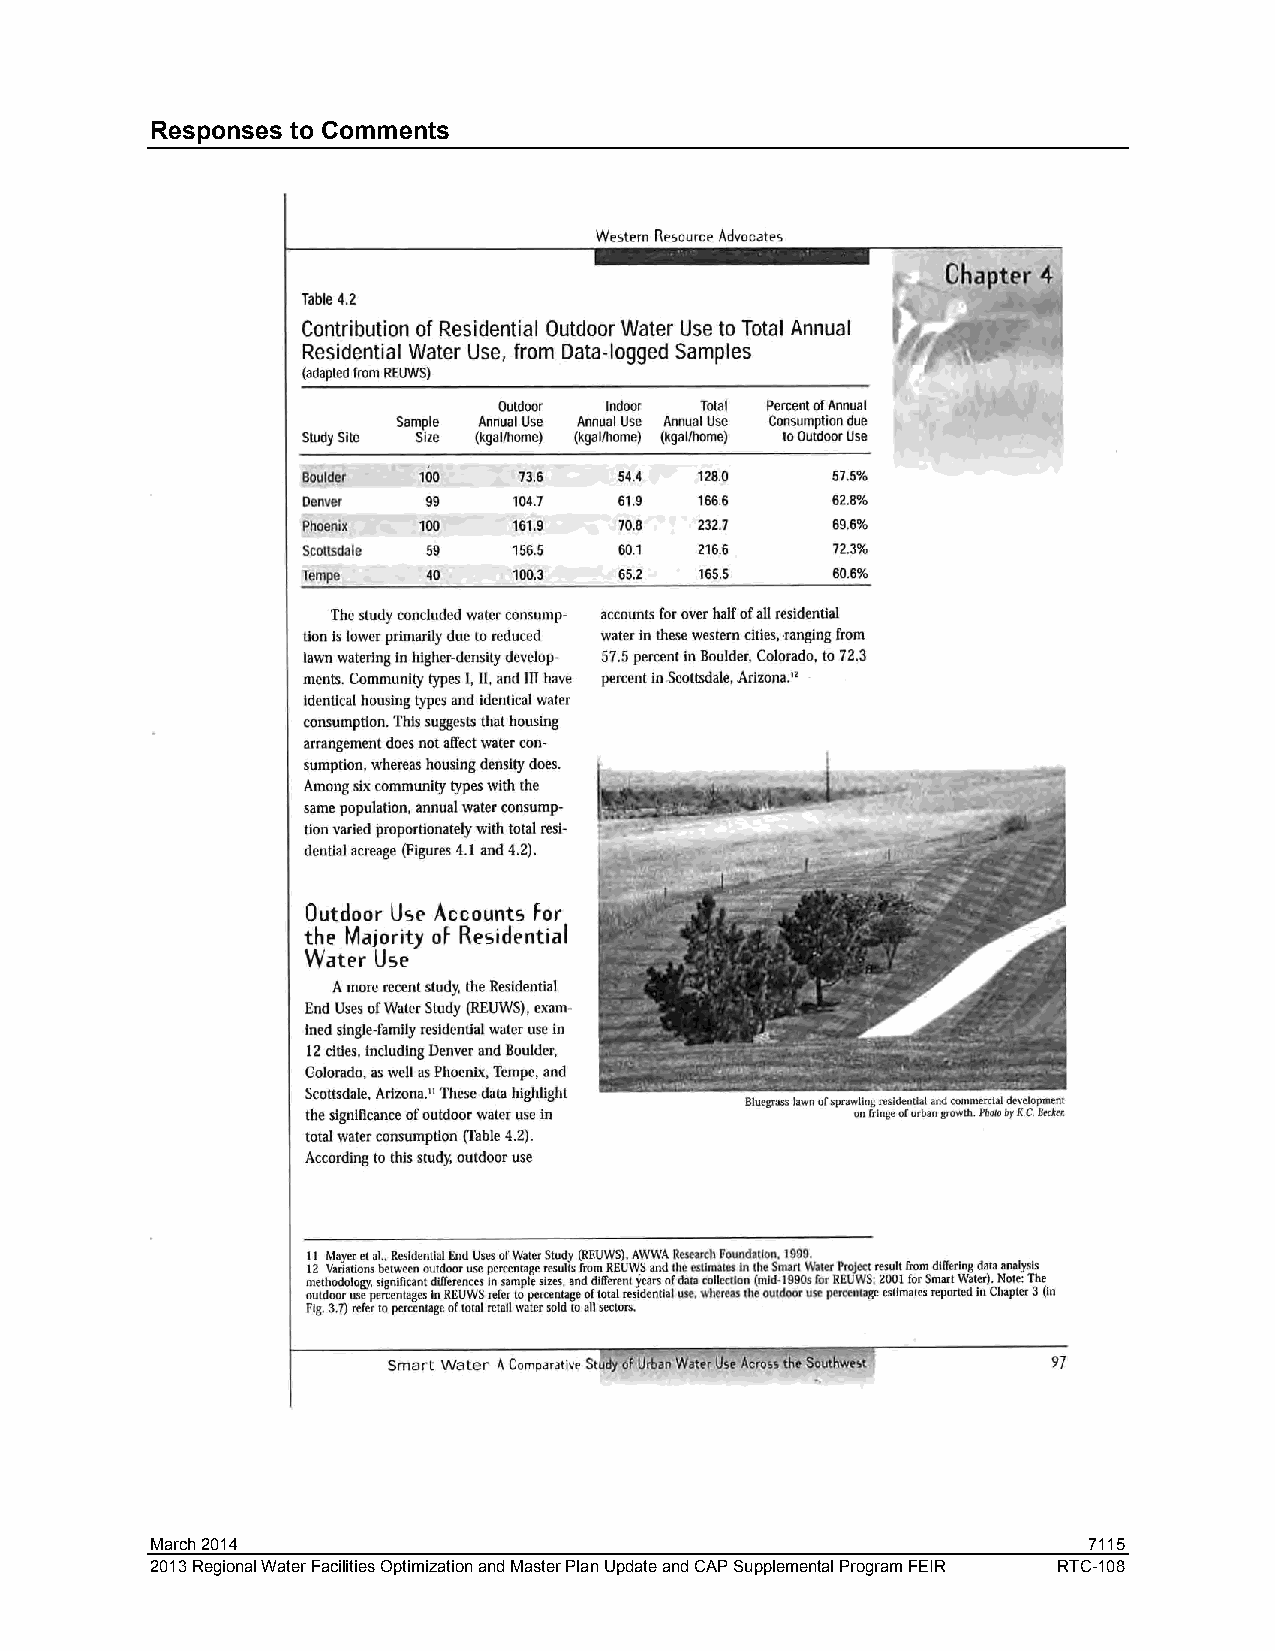
Responses to Comments
 March 2014                                                    7115
 2013 Regional Water Facilities Optimization and Master Plan Update and CAP Supplemental Program FEIR RTC-108